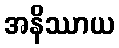
အနိဿာယ